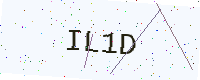
Text: IL1D